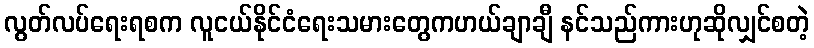
လွတ်လပ်ရေးရစက လူငယ်နိုင်ငံရေးသမားတွေကဟယ်ချာချီ နင်သည်ကားဟုဆိုလျှင်စတဲ့